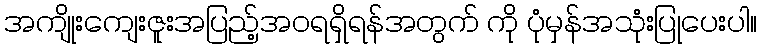
အကျိုးကျေးဇူးအပြည့်အဝရရှိရန်အတွက် ကို ပုံမှန်အသုံးပြုပေးပါ။